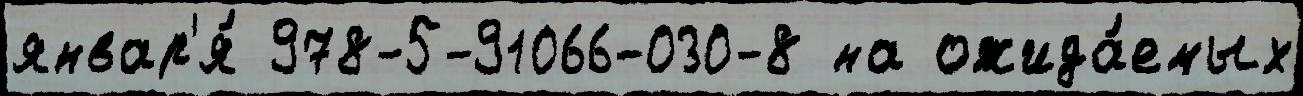
январ'я́ 978-5-91066-030-8 на ожида́емых